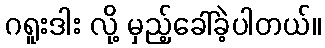
ဂရူးဒါး လို့ မှည့်ခေါ်ခဲ့ပါတယ်။